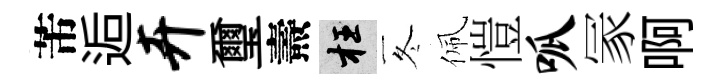
芾逅卉璽燾枉冬佩愷呱冡啊